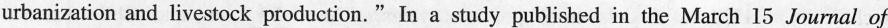
urbanization and livestock production." In a study published in the March 15 Joumal of